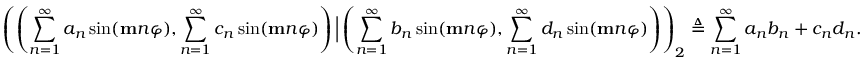
\left( \left( \sum _ { n = 1 } ^ { \infty } a _ { n } \sin ( \mathbf { m } n \varphi ) , \sum _ { n = 1 } ^ { \infty } c _ { n } \sin ( \mathbf { m } n \varphi ) \right) \Big | \left( \sum _ { n = 1 } ^ { \infty } b _ { n } \sin ( \mathbf { m } n \varphi ) , \sum _ { n = 1 } ^ { \infty } d _ { n } \sin ( \mathbf { m } n \varphi ) \right) \right) _ { 2 } \triangleq \sum _ { n = 1 } ^ { \infty } a _ { n } b _ { n } + c _ { n } d _ { n } .